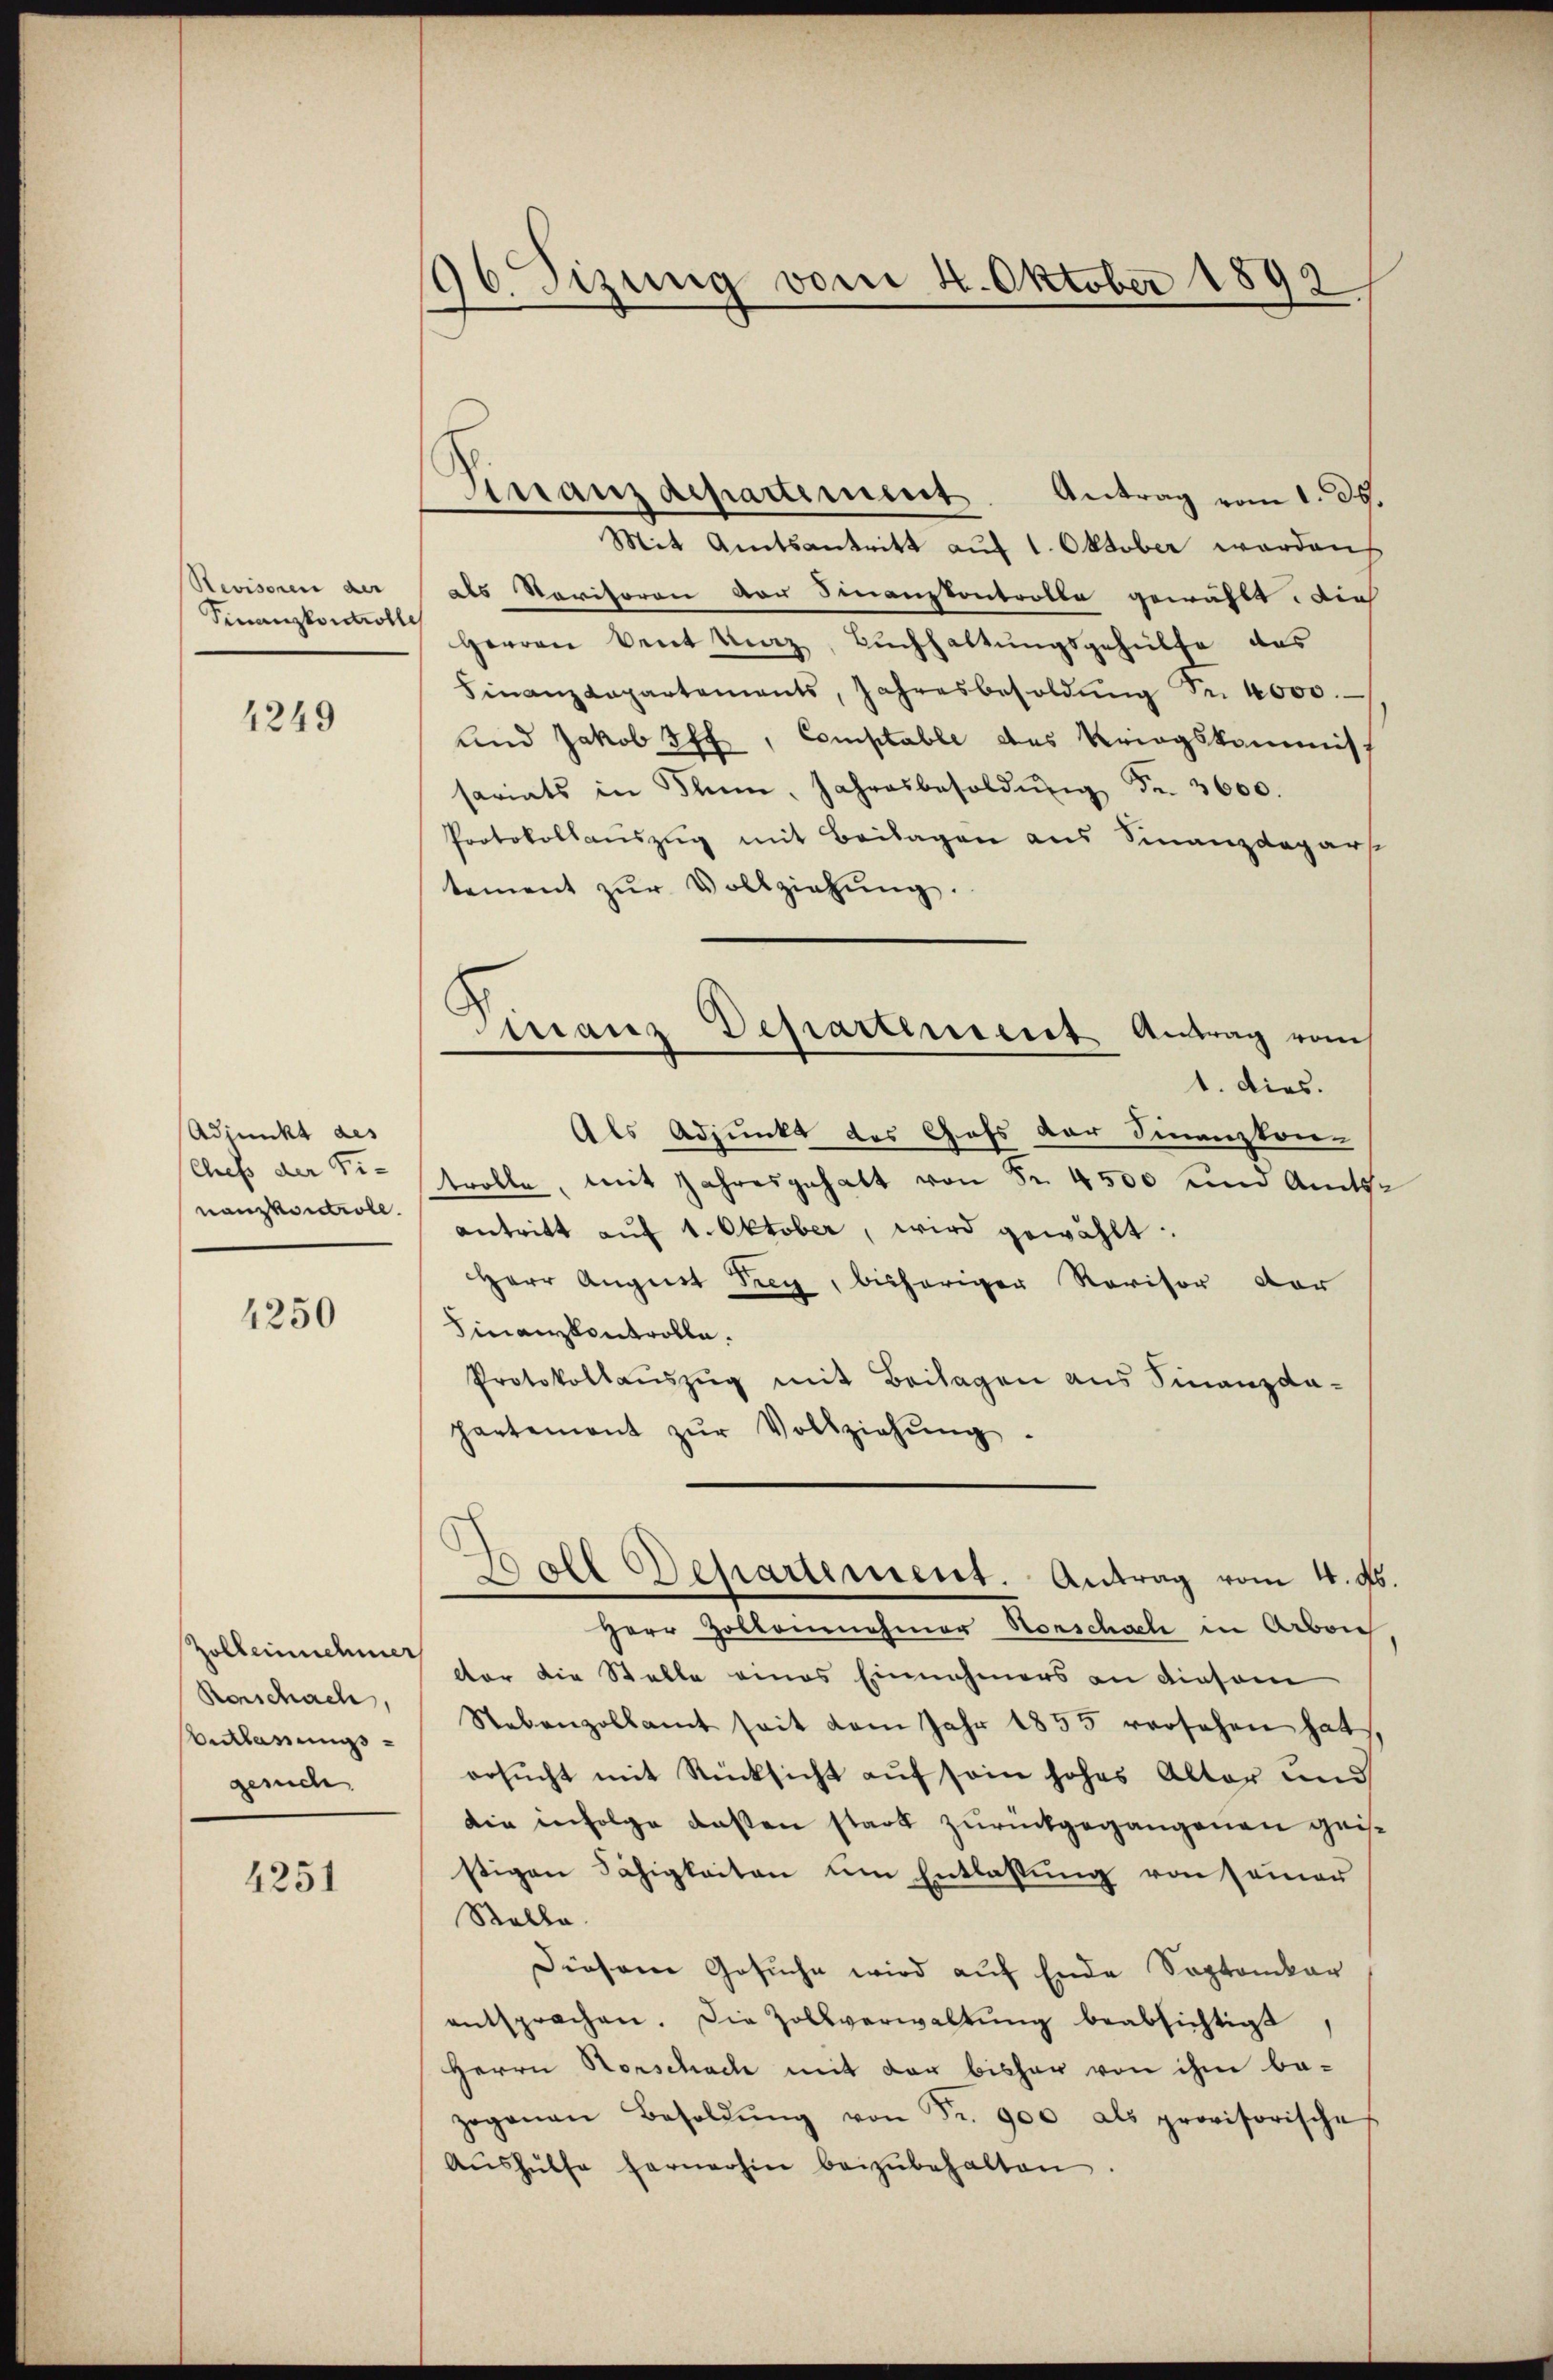
Revisoren der
Finanzkontroll

4249

Adjunkt des
Chef der Finanzkontrole.

4250

Zolbeinnehmer
Rorschach,
Belassungsgesich

4251

196. Sizung vom 4. Oktober 1893

Finanzdepartiment. Antrag vom 1. ds.
Mit Amtsantritt auf 1. Oktober werden
als Naritoren der Finanzkontrolle gewählt. Die
Herren Veit Maz, Buchhaltungsgehülfe des
Finanzdepartements, Jahresbesoldŭng Sr. 4000.
und Jakob Iff., Comptable des Kriegskommiss
sariats in hin, Jahresbesoldŭng Fr. 3600.
Protokollauszug mit Beilagen aus Finanzdepars
tement zŭr Vollziehŭng.
1. dies.
Als Adjunkt des Gofs der Finanzkon-
trolle, mit Jahresgehalt von Fr. 4500 und Amtsantritt auf 1. Oktober, wird gewählt:
Herr August Frey, bisheriger Revisor der
Finanzkontrolle.
Protokollaŭszŭg mit Beilagen aus Finanzda-
hartement zŭr Vollziehŭng
Ball Departement. Antrag vom 4. ds
Herr Zollonenehmer Norschach in Arbon
tter die Stelle eines Einnahmers an diesem
Stebenzollamt seit vom Jahr 1855 versehen hat,
ersucht mit Rücksicht auf sein hohes Alter und
die infolge deßen stark zurückgegangenen geisstigen Fähigkeiten um Entlassung von seiner
Stelle.
Diesem Gesuche wird auf Ende Soptankar
entsprachen. Die Zollverwaltŭng beabsichtigt,
Herrn Horschach mit der bisher von ihm be-
zoganan Besoldŭng von Fr. 900 als provisorische
Aŭshülfe fernerhin beizŭbehalten.

manz Departement Antrag vom